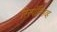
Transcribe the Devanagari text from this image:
रिस्पॉन्सिव्ह